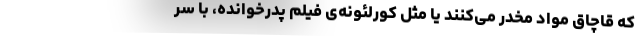
که قاچاق مواد مخدر می‌کنند یا مثل کورلئونه‌ی فیلم پدرخوانده، با سر